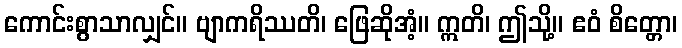
ကောင်းစွာသာလျှင်။ ဗျာကရိဿတိ၊ ဖြေဆိုအံ့။ ဣတိ၊ ဤသို့။ ဧဝံ စိတ္တော၊